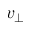
v _ { \perp }